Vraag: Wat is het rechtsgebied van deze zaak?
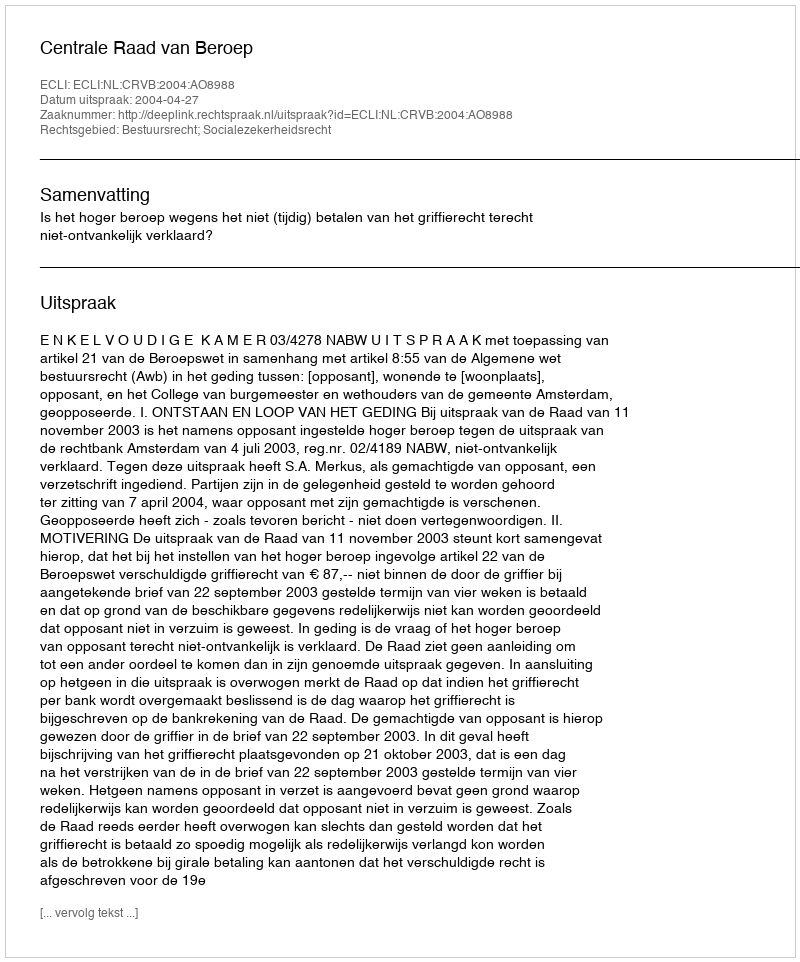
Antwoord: Bestuursrecht; Socialezekerheidsrecht